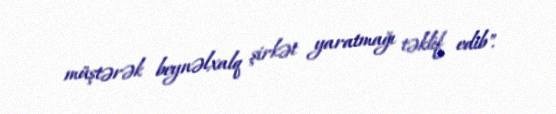
müştərək beynəlxalq şirkət yaratmağı təklif edib".